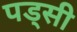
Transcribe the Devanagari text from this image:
पड्सी